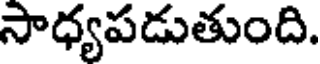
సాధ్యపడుతుంది.